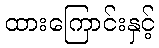
ထားကြောင်းနှင့်